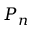
P _ { n }